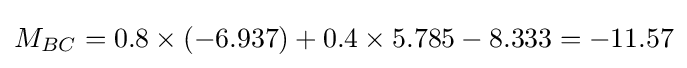
M_{BC}=0.8\times \left(-6.937\right)+0.4\times 5.785-8.333=-11.57